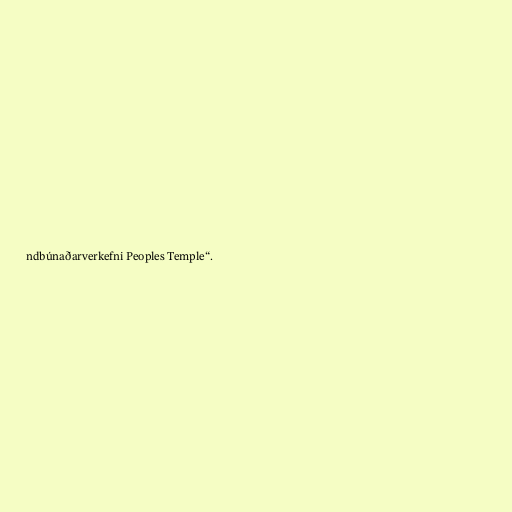
ndbúnaðarverkefni Peoples Temple“.